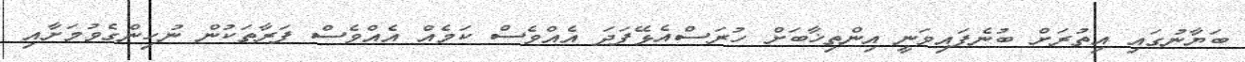
ބަޔާނުގައި އިތުރަށް ބުނެފައިވަނީ އިންތިޚާބަށް ހުރަސްއެޅޭފަދަ އެއްވެސް ކަމެއް އެއްވެސް ފަރާތަކުން ނުހިންގެވުމަށާއި